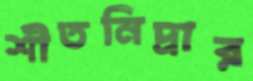
শীতনিদ্রার